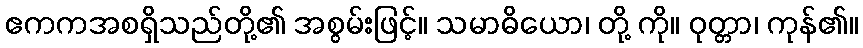
ဧကကအစရှိသည်တို့၏ အစွမ်းဖြင့်။ သမာဓိယော၊ တို့ ကို။ ဝုတ္တာ၊ ကုန်၏။